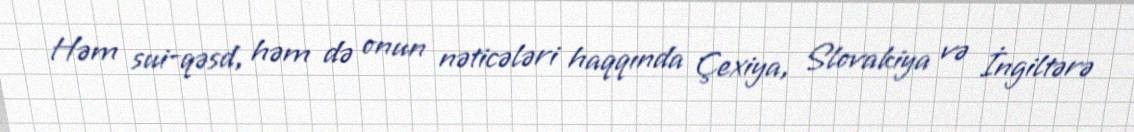
Həm sui-qəsd, həm də onun nəticələri haqqında Çexiya, Slovakiya və İngiltərə